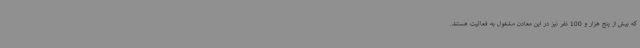
که بیش از پنج هزار و 100 نفر نیز در این معادن مشغول به فعالیت هستند.